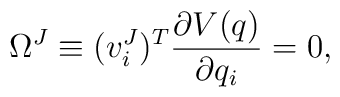
\Omega^J \equiv (v_i^J)^T \frac{\partial V(q)}{\partial q_i} =0,